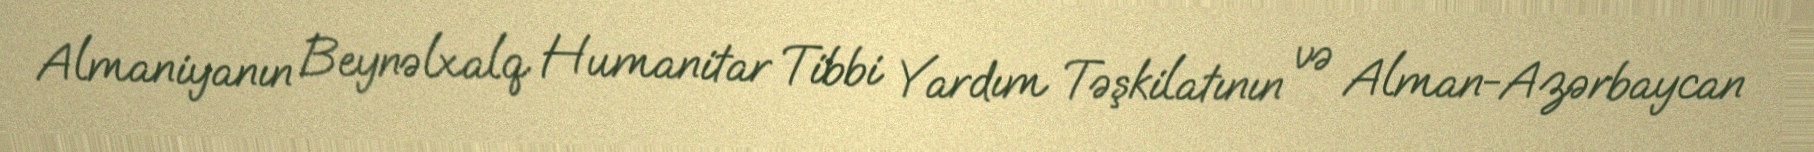
Almaniyanın Beynəlxalq Humanitar Tibbi Yardım Təşkilatının və Alman-Azərbaycan